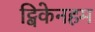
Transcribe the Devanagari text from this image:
ट्विकेनहम